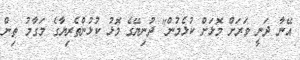
އޭނާ ދަނީ ވަރަށް މޮޅަށް ކުޅެމުން" ދުނިޔޭގެ މޮޅު ކުޅުންތެރިޔާގެ މަގާމު ތިން